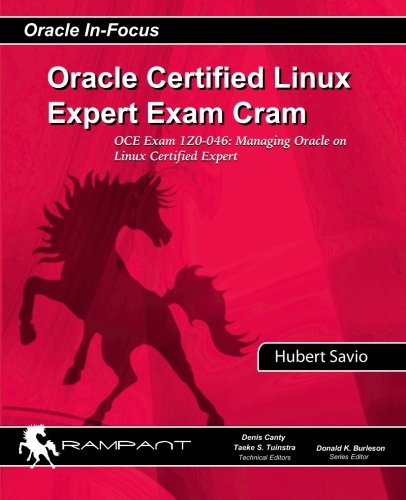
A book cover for Oracle Certified Linux Expert Exam Cram: OCE Exam: 1Z0-046: Managing Oracle on Linux Certified Expert (Oracle In-Focus Series) (Volume 38); Hubert Savio; Computers & Technology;